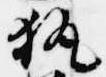
執